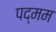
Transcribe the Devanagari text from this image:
पद्मम